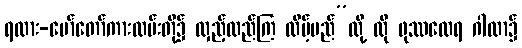
ရထား-မော်တော်ကားလမ်းတို့၌ လှည့်လည်ကြ လိမ့်မည်”လို့ ထို ဖုဿထေရ ဂါထာ၌